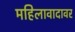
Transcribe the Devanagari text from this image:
महिलावादावर